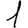
Digit: 1